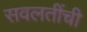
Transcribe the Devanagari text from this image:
सवलतींची